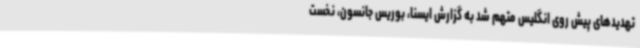
تهدیدهای پیش روی انگلیس متهم شد به گزارش ایسنا، بوریس جانسون، نخست